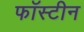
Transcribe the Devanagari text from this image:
फॉस्टीन